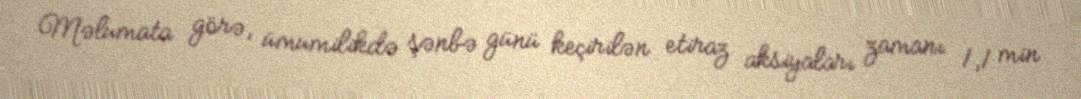
Məlumata görə, ümumilikdə şənbə günü keçirilən etiraz aksiyaları zamanı 1,1 min